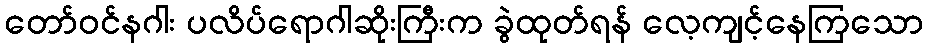
တော်ဝင်နဂါး ပလိပ်ရောဂါဆိုးကြီးက ခွဲထုတ်ရန် လေ့ကျင့်နေကြသော